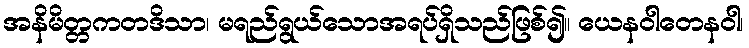
အနိမိတ္တကတဒိသာ၊ မရည်ရွယ်သောအရပ်ရှိသည်ဖြစ်၍။ ယေနဝါတေနဝါ၊